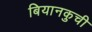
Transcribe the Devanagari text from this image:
बियानकुची